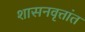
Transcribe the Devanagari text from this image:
शासनवृत्तांत